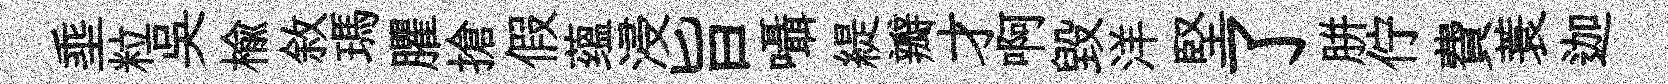
埀粒吳楡敘瑪臞搶假蕴浸旨囁緹瓣才啊毁洋堅了胼佇費蓑迦